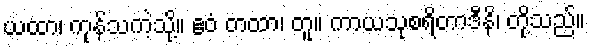
ယထာ၊ ကုန်သကဲ့သို့။ ဧဝံ တထာ၊ တူ။ ကာယသုစရိတာဒီနိ၊ တို့သည်။